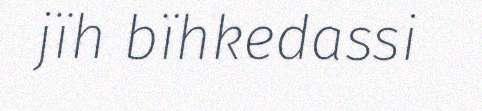
jïh bïhkedassi